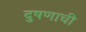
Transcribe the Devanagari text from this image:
दुषणाची